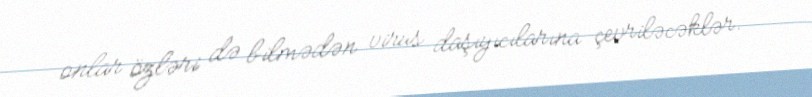
onlar özləri də bilmədən virus daşıyıcılarına çevriləcəklər.